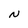
Character: N